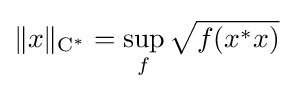
\|x\|_{\operatorname {C} ^{*}}=\sup _{f}{\sqrt {f(x^{*}x)}}